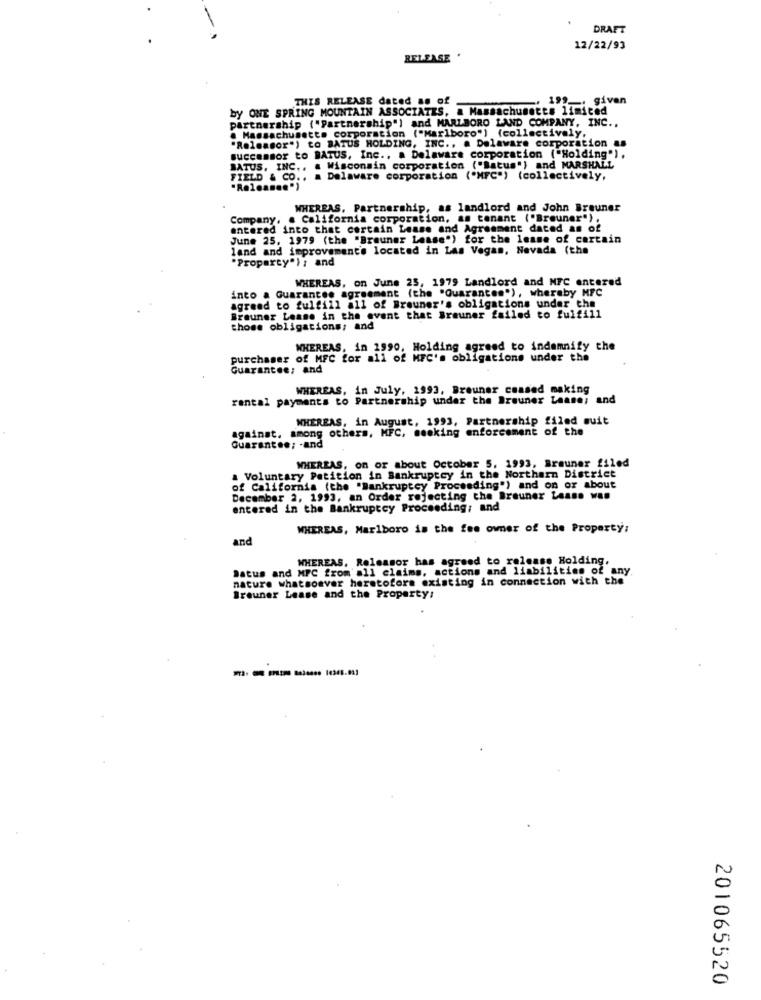
DRAFT
12/22/93
RELEASE
THIS RELEASE dated as of
199_ given
by ONE SPRING MOUNTAIN ASSOCIATES, a Massachusetts limited
partnership {"Partnership") and MARLBORO LAND COMPANY, INC ..
. Massachusetts corporation ("Marlboro") (collectively,
"Releasor") to BATUS HOLDING, INC .. . Delaware corporation as
successor to BATUS, Inc ., a Delaware corporation ("Holding"),
BATUS, INC .. . Wisconsin corporation ("Batus") and MARSHALL
FIELD & CO .. . Delaware corporation ("NFC") (collectively,
WHEREAS, Partnership, as landlord and John Brauner
Company, . California corporation, as tenant ("Breuner"),
entered into that certain Lease and Agreement dated as of
June 25, 1979 (the "Brauner Lease') for the lease of certain
land and improvement's located in Las Vegas, Nevada (the
"Proparty") ; and
WHEREAS, on June 25, 1979 Landlord and NFC entered
into a Guarantee agreement (the "Quarantes"), whereby MFC
agreed to fulfill all of Brauner's obligations under the
Brauner Lease in the event that Brauner failed to fulfill
those obligations; and
WHEREAS, in 1990, Holding agreed to indemnify the
purchaser of MFC for all of MFC's obligations under the
Guarantee; and
WHEREAS, in July, 1993, Breuner comsed making
rental payments to Partnership under the Brauner Lease; and
WHEREAS, in August, 1993, Partnership filed suit
against. among others, KFC, mocking enforcement of the
Guarantee; - and
WHEREAS, on or about October 5, 1993, Brauner filed
a Voluntary Petition in Bankruptcy in the Northern District
of California (the "Bankruptcy Proceeding") and on or about
December 2, 1993, an Order rejecting the Brauner Lease was
entered in the Bankruptcy Proceeding: and
WHEREAS, Marlboro is the fee owner of the Property:
and
WHEREAS. Releasor has agreed to release Holding,
Satus and MPC from all claims, actions and liabilities of any
nature whatsoever heretofors existing in connection with the
Breuner Lease and the Property:
201065520